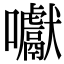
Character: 囐